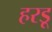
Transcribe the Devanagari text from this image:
हरडू